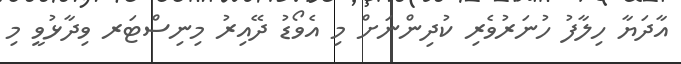
އާދަޔާ ހިލާފު ހުނަރުވެރި ކުދިންނަށް މި އެވޯޑު ދޭއިރު މިނިސްޓަރ ވިދާޅުވީ މި